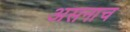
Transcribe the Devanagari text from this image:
असनाच